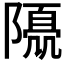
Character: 𨼘